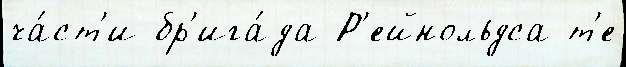
ча́ст'и бр'ига́да Р'ейнольдса т'е